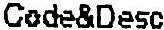
CODE&DESC